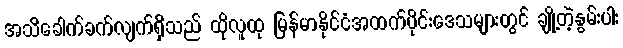
အသိခေါက်ခက်လျက်ရှိသည် ထိုလူထု မြန်မာနိုင်ငံအထက်ပိုင်းဒေသများတွင် ချို့တဲ့နွမ်းပါး